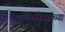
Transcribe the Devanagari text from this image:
समस्थानिकाच्या